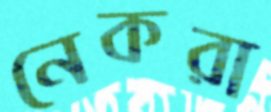
নেকরা